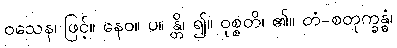
ဝသေန၊ ဖြင့်။ နေဝ။ ပ။ န္တိ၊ ၍။ ဝုစ္စတိ၊ ၏။ တံ-စတုက္ခန္ဓံ၊